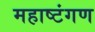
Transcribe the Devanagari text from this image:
महाष्टंगण